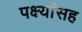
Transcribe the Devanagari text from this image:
पक्ष्यांसह